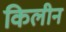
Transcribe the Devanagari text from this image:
किलीन